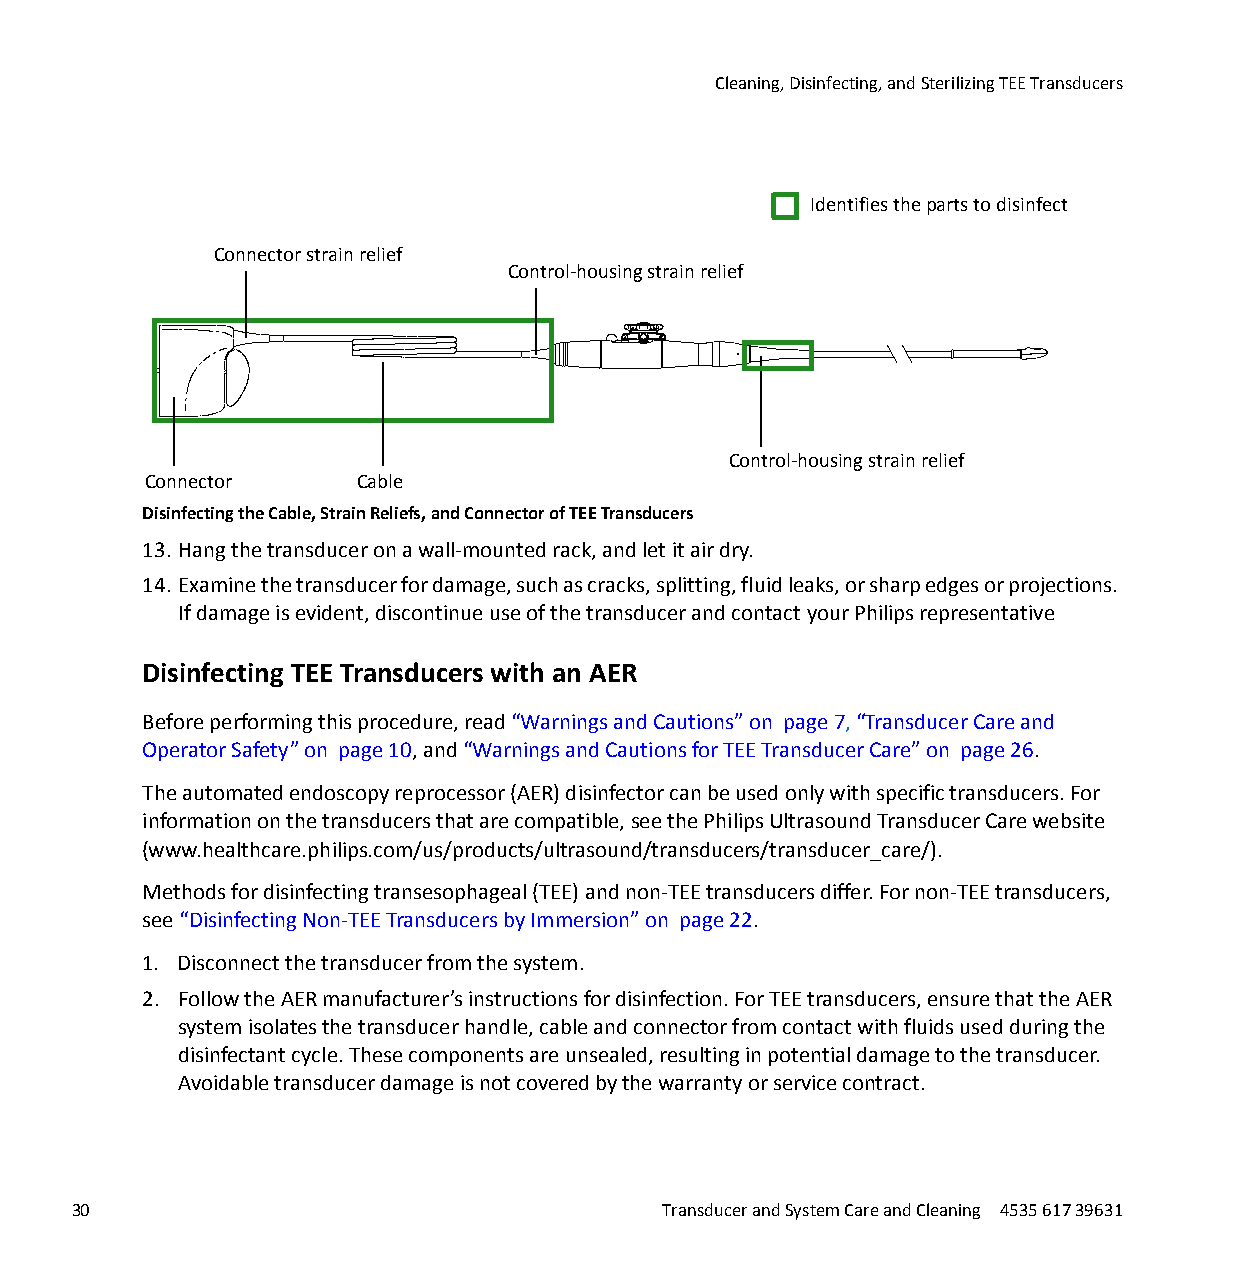
Cleaning, Disinfecting, and Sterilizing TEE Transducers
 Identifies the parts to disinfect
 Connector strain relief
 Control-housing strain relief
 Control-housing strain relief
 Connector     Cable
 Disinfecting the Cable, Strain Reliefs, and Connector of TEE Transducers 0
 13. Hang the transducer on a wall-mounted rack, and let it air dry.
 14. Examine the transducer for damage, such as cracks, splitting, fluid leaks, or sharp edges or projections.
 If damage is evident, discontinue use of the transducer and contact your Philips representative
 Disinfecting TEE Transducers with an AER
 Before performing this procedure, read “Warnings and Cautions” on page 7, “Transducer Care and
 Operator Safety” on page 10, and “Warnings and Cautions for TEE Transducer Care” on page 26.
 The automated endoscopy reprocessor (AER) disinfector can be used only with specific transducers. For
 information on the transducers that are compatible, see the Philips Ultrasound Transducer Care website
 (www.healthcare.philips.com/us/products/ultrasound/transducers/transducer_care/).
 Methods for disinfecting transesophageal (TEE) and non-TEE transducers differ. For non-TEE transducers,
 see “Disinfecting Non-TEE Transducers by Immersion” on page 22.
 1. Disconnect the transducer from the system.
 2. Follow the AER manufacturer’s instructions for disinfection. For TEE transducers, ensure that the AER
 system isolates the transducer handle, cable and connector from contact with fluids used during the
 disinfectant cycle. These components are unsealed, resulting in potential damage to the transducer.
 Avoidable transducer damage is not covered by the warranty or service contract.
 30                                     Transducer and System Care and Cleaning 4535 617 39631
 erachtlaeH
 spilihP